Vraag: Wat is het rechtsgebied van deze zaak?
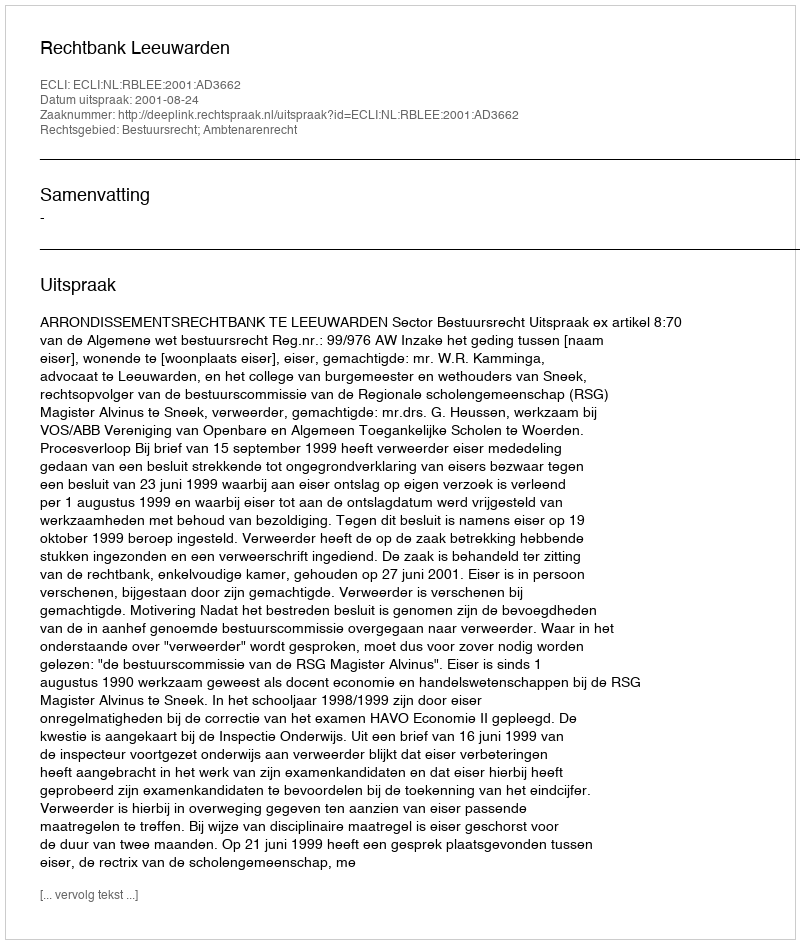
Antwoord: Bestuursrecht; Ambtenarenrecht